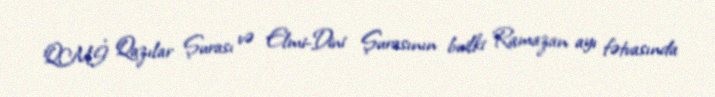
QMİ Qazılar Şurası və Elmi-Dini Şurasının builki Ramazan ayı fətvasında